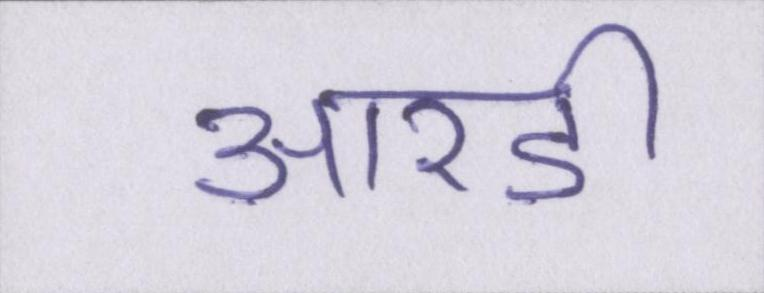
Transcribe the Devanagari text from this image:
आरडी